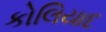
કોલિયાદ